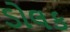
ડોલક